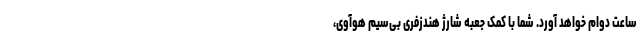
ساعت دوام خواهد آورد. شما با کمک جعبه شارژ هندزفری بی‌سیم هوآوی،